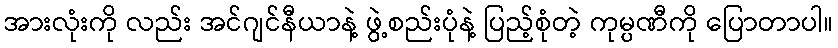
အားလုံးကို လည်း အင်ဂျင်နီယာနဲ့ ဖွဲ့စည်းပုံနဲ့ ပြည့်စုံတဲ့ ကုမ္ပဏီကို ပြောတာပါ။